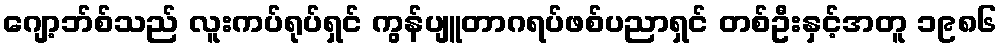
ဂျော့ဘ်စ်သည် လူးကပ်ရုပ်ရှင် ကွန်ပျူတာဂရပ်ဖစ်ပညာရှင် တစ်ဦးနှင့်အတူ ၁၉၈၆